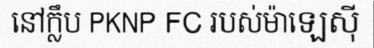
នៅក្លឹប PKNP FC របស់ម៉ាឡេស៊ី